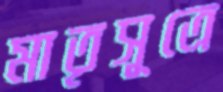
মাতৃসূত্রে